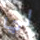
لي